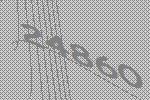
24860